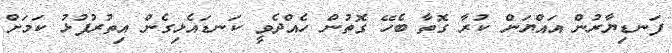
ފަނޑިޔާރުން އައްޔަން ކުރާ ގޮތާ ބެހޭ ގޮތުން ހެއްދެވީ ކަނޑައެޅިގެން އިތުރުފުޅު ކަމަށް